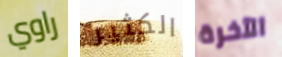
راوي الكثير الآخرة